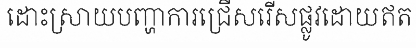
ដោះស្រាយបញ្ហាការជ្រើសរើសផ្លូវដោយឥត